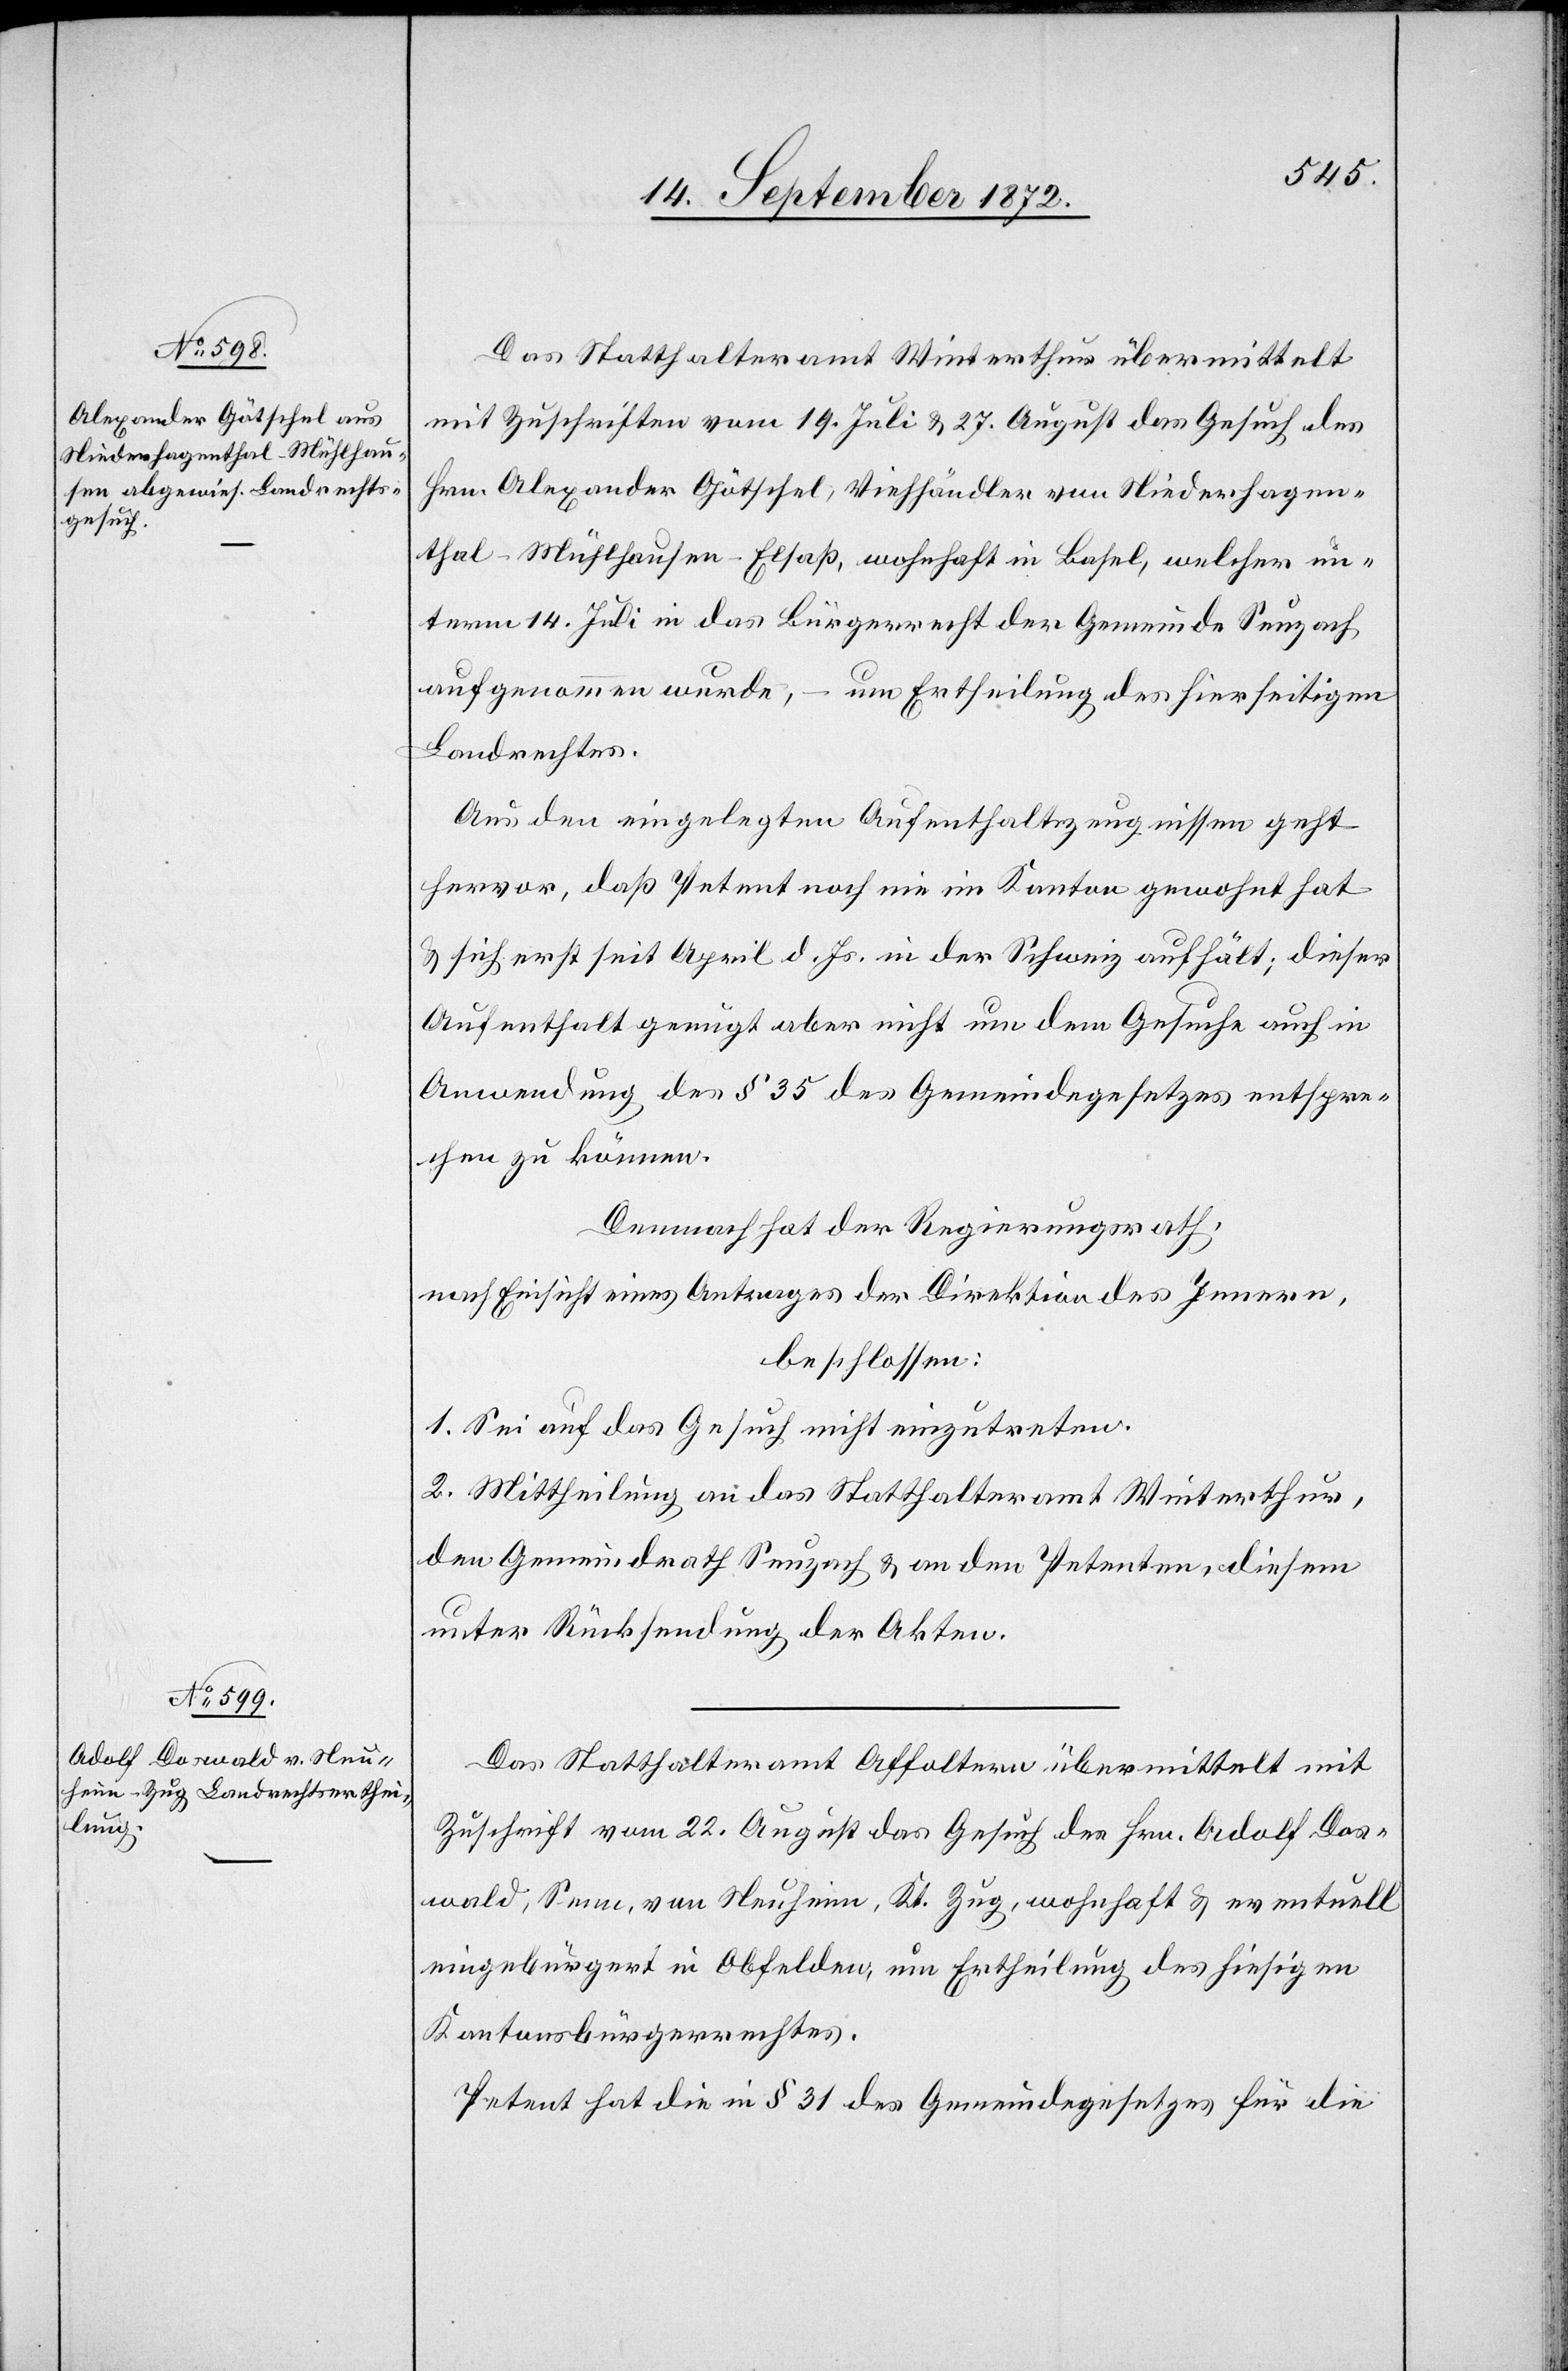
Das Statthalteramt Winterthur übermittelt
mit Zuschriften vom 19. Juli u. 27. August das Gesuch des
Hrn. Alexander Götschel, Viehhändler von Niederhagen¬
thal-Mühlhausen-Elsaß, wohnhaft in Basel, welcher un¬
term 14. Juli in das Bürgerrecht der Gemeinde Seuzach
aufgenommen wurde, – um Ertheilung des hierseitigen
Landrechtes.
Aus den eingelegten Aufenthaltszeugnissen geht
hervor, daß Petent noch nie im Kanton gewohnt hat
u. sich erst seit April d. Js. in der Schweiz aufhält; dieser
Aufenthalt genügt aber nicht um dem Gesuche auch in
Anwendung des § 35 des Gemeindegesetzes entspre¬
chen zu können.
Demnach hat der Regierungsrath,
nach Einsicht eines Antrages der Direktion des Innern,
beschlossen:
1. Sei auf das Gesuch nicht einzutreten.
2. Mittheilung an das Statthalteramt Winterthur,
den Gemeindrath Seuzach u. an den Petenten, diesem
unter Rücksendung der Akten.
Das Statthalteramt Affoltern übermittelt mit
Zuschrift vom 22. August das Gesuch des Hrn. Adolf Dos¬
wald, Senn, von Neuheim, Kt. Zug, wohnhaft u. eventuell
eingebürgert in Obfelden, um Ertheilung des hiesigen
Kantonsbürgerrechtes.
Petent hat die in § 31 des Gemeindegesetzes für die